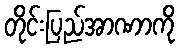
တိုင်းပြည်အာဏာကို